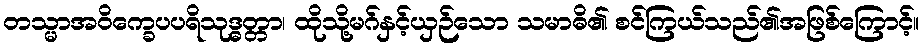
တသ္မာအဝိက္ခေပပရိသုဒ္ဓတ္တာ၊ ထိုသို့မဂ်နှင့်ယှဉ်သော သမာဓိ၏ စင်ကြယ်သည်၏အဖြစ်ကြောင့်။